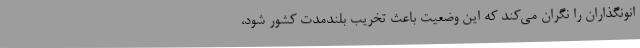
انونگذاران را نگران می‌کند که این وضعیت باعث تخریب بلندمدت کشور شود،